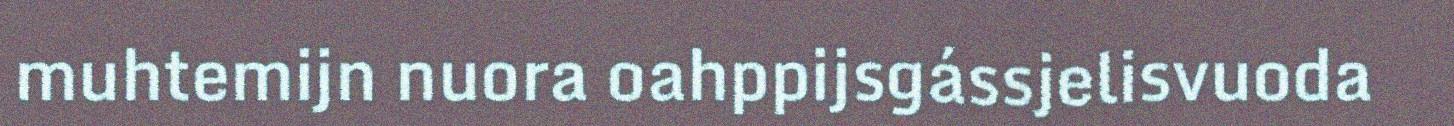
muhtemijn nuora oahppijsgássjelisvuoda